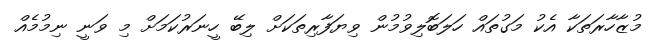
މުޒާހާރަތަކާ އެކު މަގުތައް ހަލަބޮލިވުމުން ވިޔަފާރިތަކަށް ލިބޭ ހީނަރުކަމަށް މި ވަނީ ނިމުމެއް